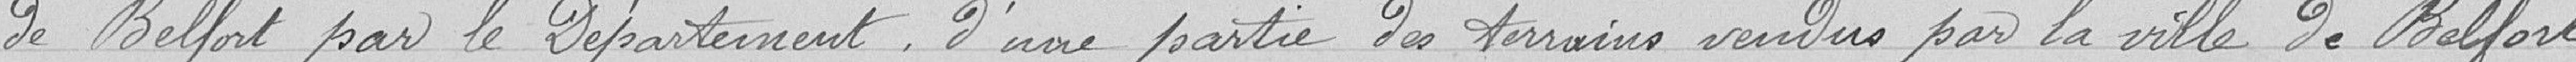
de Belfort par le Département d'une partie des terrains vendus par la ville de Belfort